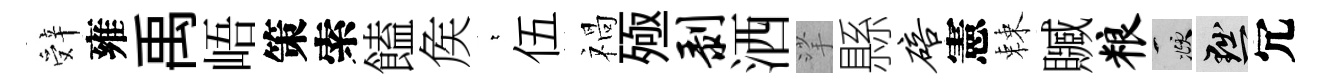
辤雍禹峿策索饁矦萋伍禍殛剥洒挲縣碚憲棘贓粮頫黜冗